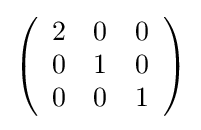
{\textstyle \left({\begin{array}{rrr}2&0&0\\0&1&0\\0&0&1\\\end{array}}\right)}